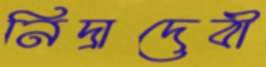
নিদ্রাদেবী